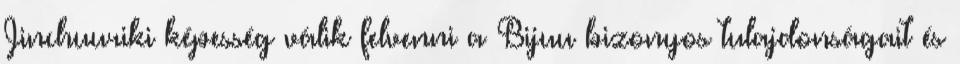
Jinchuuriki képesség válik felvenni a Bijuu bizonyos tulajdonságait és